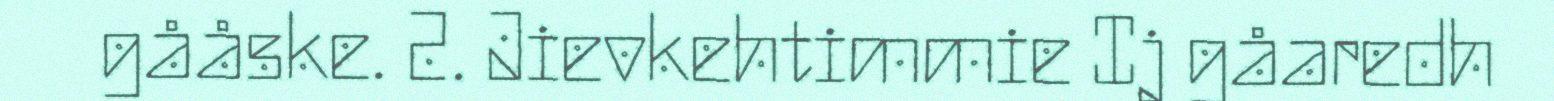
gååske. 2. Jievkehtimmie Ij gåaredh